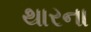
થારના